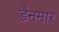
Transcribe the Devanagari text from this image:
डैनमार